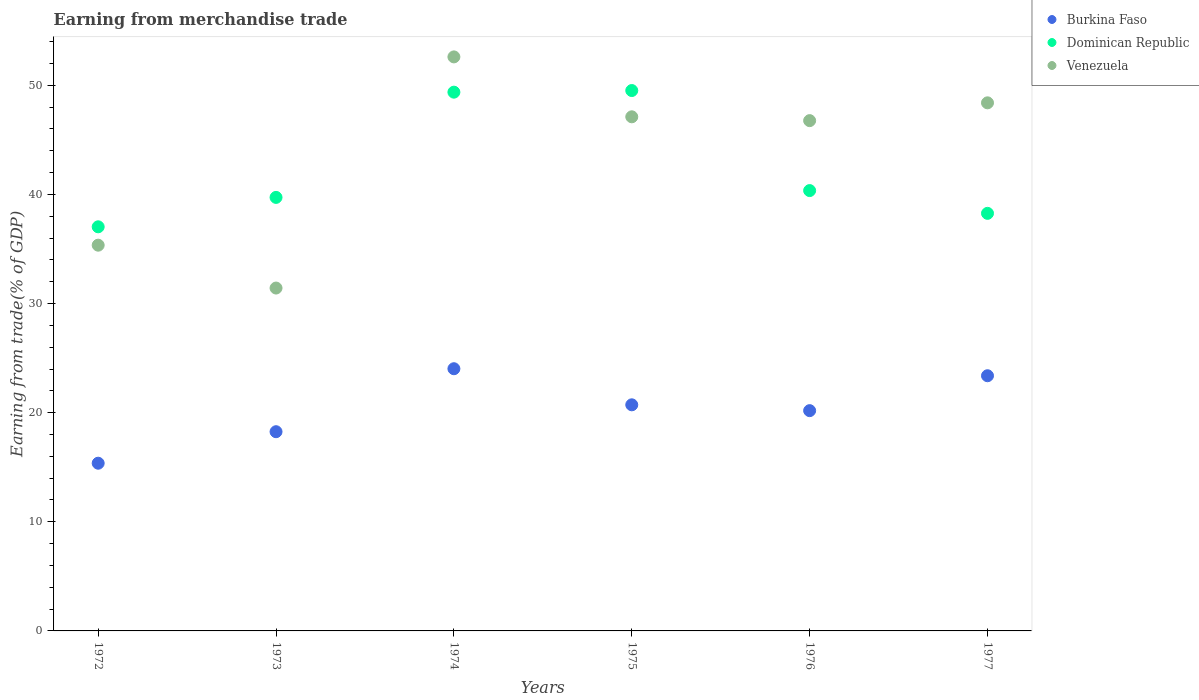
| Years | Burkina Faso | Dominican Republic | Venezuela |
 | --- | --- | --- | --- |
 | 1972 | 15.4 | 37 | 35.3 |
 | 1973 | 18.3 | 39.7 | 31.4 |
 | 1974 | 24 | 49.4 | 52.6 |
 | 1975 | 20.7 | 49.5 | 47.1 |
 | 1976 | 20.2 | 40.4 | 46.8 |
 | 1977 | 23.4 | 38.3 | 48.4 |